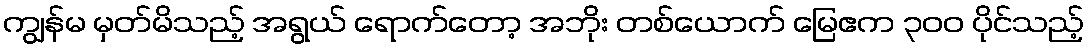
ကျွန်မ မှတ်မိသည့် အရွယ် ရောက်တော့ အဘိုး တစ်ယောက် မြေဧက ၃၀၀ ပိုင်သည့်